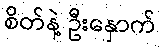
စိတ်နဲ့ ဦးနှောက်